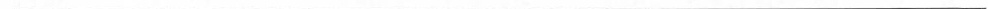
___